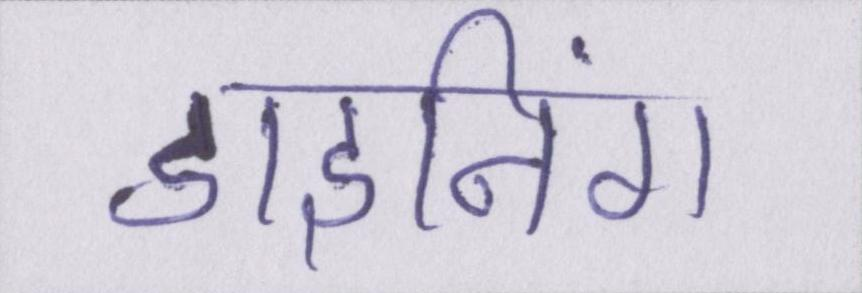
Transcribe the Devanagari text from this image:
डाइनिंग